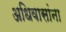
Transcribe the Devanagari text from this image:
अधिवासांना